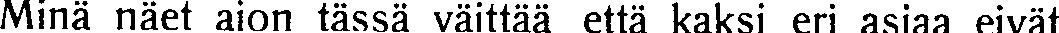
Minä näet aion tässä väittää että kaksi eri asiaa eivät